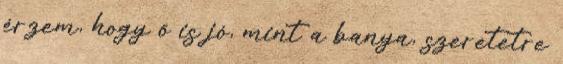
érzem, hogy ő is jó, mint a banya, szeretetre